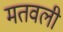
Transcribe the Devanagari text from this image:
मतवली